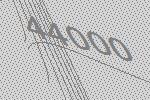
44000